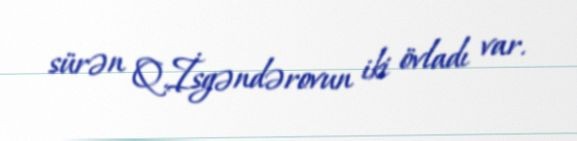
sürən Q.İsgəndərovun iki övladı var.